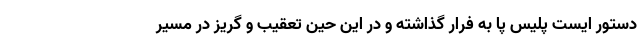
دستور ایست پلیس پا به فرار گذاشته و در این حین تعقیب و گریز در مسیر